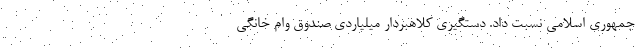
جمهوری اسلامی نسبت داد. دستگیری کلاهبردار میلیاردی صندوق وام خانگی